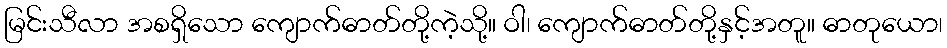
မြင်းသီလာ အစရှိသော ကျောက်ဓာတ်တို့ကဲ့သို့။ ဝါ၊ ကျောက်ဓာတ်တို့နှင့်အတူ။ ဓာတုယော၊